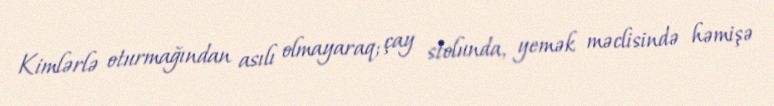
Kimlərlə oturmağından asılı olmayaraq; çay stolunda, yemək məclisində həmişə